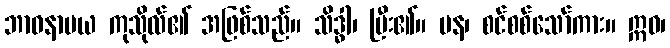
ဘာဝနာမယ ကုသိုလ်၏ အဖြစ်သည်။ သိဒ္ဓါ၊ ပြီး၏။ ပန၊ စင်စစ်သော်ကား။ ဣဓ၊